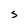
Character: S